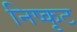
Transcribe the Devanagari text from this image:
निष्कृट